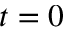
t = 0